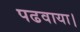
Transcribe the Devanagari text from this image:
पढवाया।